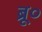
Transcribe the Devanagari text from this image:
ब्रू०